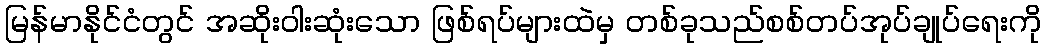
မြန်မာနိုင်ငံတွင် အဆိုးဝါးဆုံးသော ဖြစ်ရပ်များထဲမှ တစ်ခုသည်စစ်တပ်အုပ်ချုပ်ရေးကို